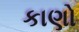
કાણો